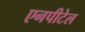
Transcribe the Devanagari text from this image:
एनपीटेल